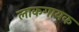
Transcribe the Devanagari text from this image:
लाकगायक